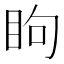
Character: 眗